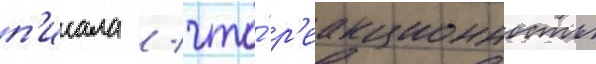
п'исала / что́ р'еакционность